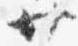
廿